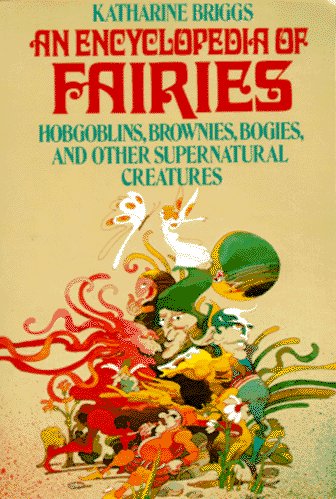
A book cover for An Encyclopedia of Fairies: Hobgoblins, Brownies, Bogies, & Other Supernatural Creatures; Katharine Briggs; Reference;